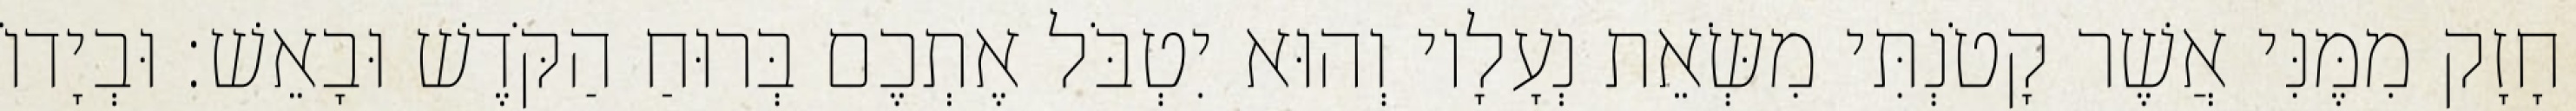
חָזָק מִמֶּנִּי אֲשֶׁר קָטֹנְתִּי מִשְּׂאֵת נְעָלָיו וְהוּא יִטְבֹּל אֶתְכֶם בְּרוּחַ הַקֹּדֶשׁ וּבָאֵשׁ׃ וּבְיָדוֹ